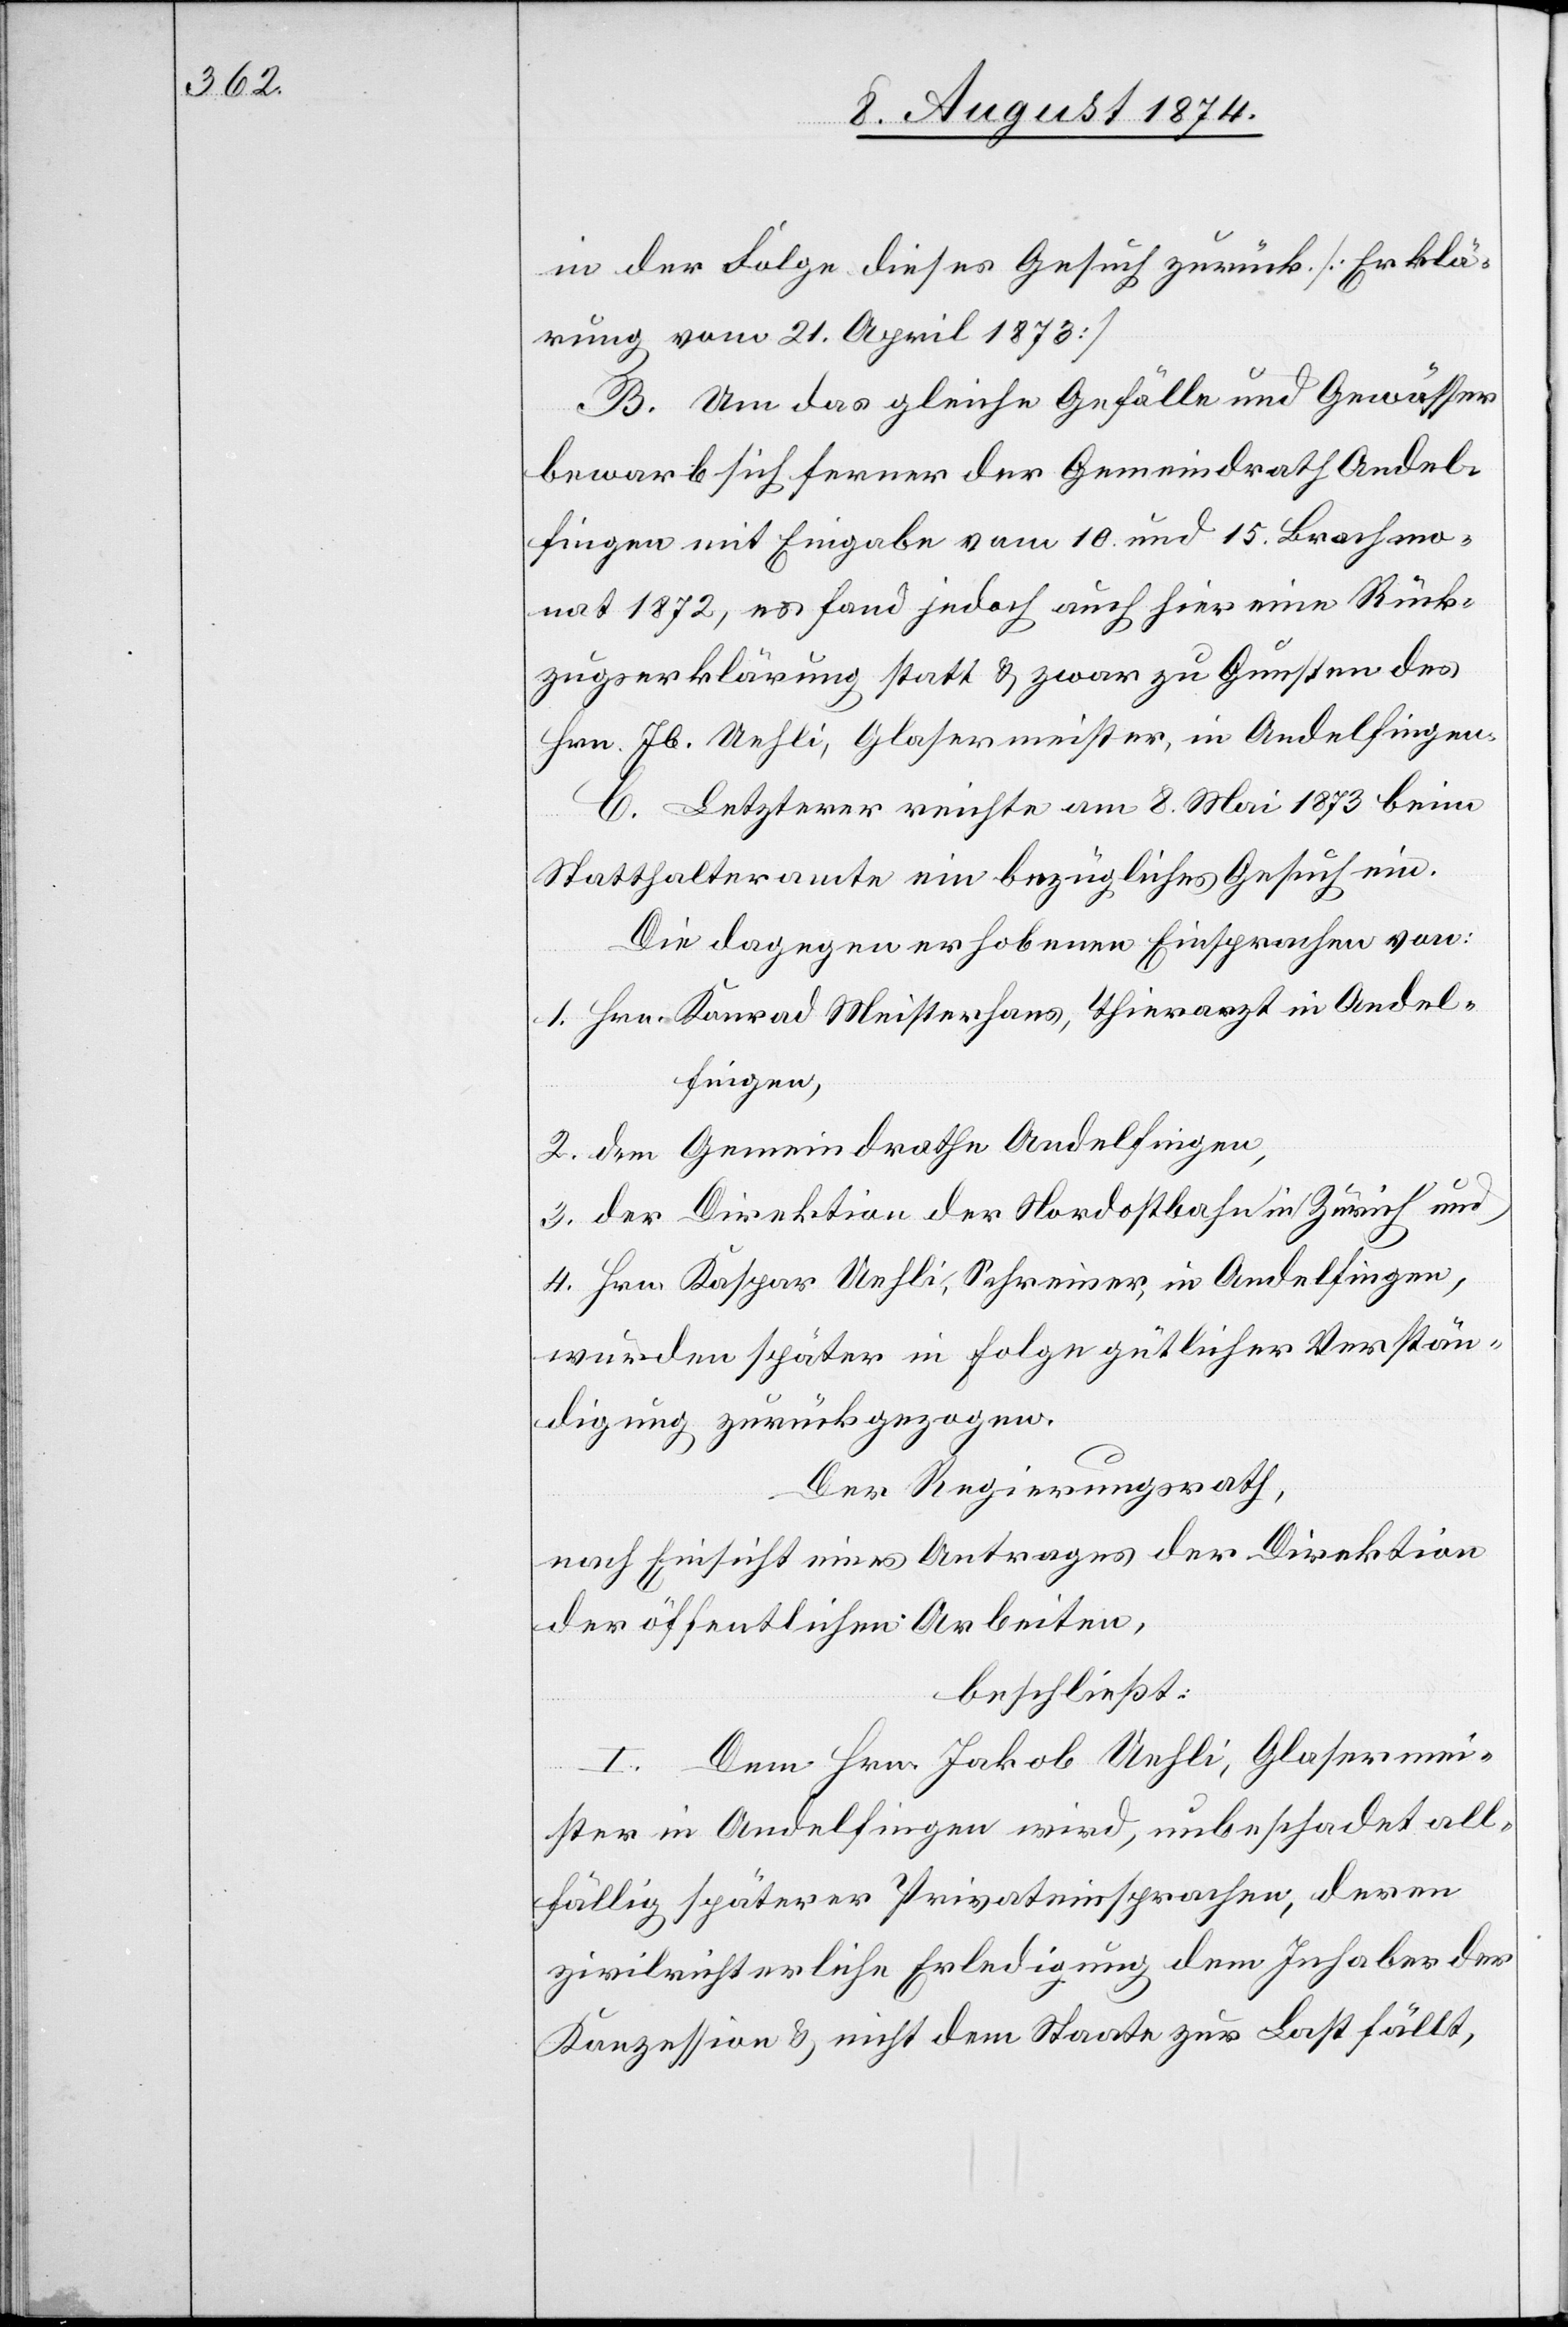
in der Folge dieses Gesuch zurück [Erklä¬
rung vom 21. April 1873]
B. Um das gleiche Gefälle und Gewässer
bewarb sich ferner der Gemeindrath Andel¬
fingen mit Eingabe vom 10. und 15. Brachmo¬
nat 1872, es fand jedoch auch hier eine Rück¬
zugserklärung statt u. zwar zu Gunsten des
Hrn. Jb. Uehli, Glasermeister, in Andelfingen.
C. Letzterer reichte am 8. Mai 1873 beim
Statthalteramte ein bezügliches Gesuch ein.
Die dagegen erhobenen Einsprachen von:
1. Hrn. Konrad Meisterhans, Thierarzt in Andel¬
fingen,
2. dem Gemeindrathe Andelfingen,
3. der Direktion der Nordostbahn in Zürich und
4. Hrn. Kaspar Uehli, Schreiner, in Andelfingen,
wurden später in Folge gütlicher Verstän¬
digung zurückgezogen.
Der Regierungsrath,
nach Einsicht eines Antrages der Direktion
der öffentlichen Arbeiten,
beschließt:
I. Dem Hrn. Jakob Uehli, Glasermei¬
ster in Andelfingen wird, unbeschadet all¬
fällig späterer Privateinsprachen, deren
zivilrichterliche Erledigung dem Inhaber der
Konzession u. nicht dem Staate zur Last fällt,